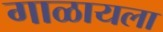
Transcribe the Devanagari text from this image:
गाळायला